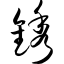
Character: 锈